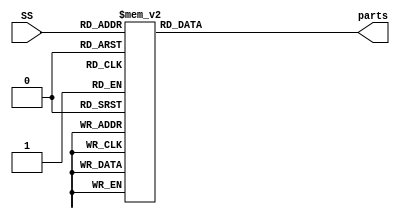
module SevenSegment(SS,parts);

input [3:0]SS;

output [7:0]parts;

reg [7:0]parts;

always @ *
	case(SS)
		4'b0000: parts =  8'b00000011; //8'b11111100; //0 in hex 
		4'b0001: parts =  8'b10011111; //8'b01100000; //1 in hex
		4'b0010: parts =  8'b00100101; //8'b11011010; //2 in hex
		4'b0011: parts =  8'b00001101; //8'b11110010; //3 in hex
		4'b0100: parts =  8'b10011001; //01100110; //4 in hex 
		4'b0101: parts =  8'b01001001; //10110110; //5 in hex 	
		4'b0110: parts =  8'b01000001; //10111110; //6 in hex 
		4'b0111: parts =  8'b00011111; //11100000; //7 in hex 
		4'b1000: parts =  8'b00000001; //11111110; //8 in hex 
		4'b1001: parts =  8'b00001001; //11110110; //9 in hex
		4'b1010: parts =  8'b00010001; //11101110; //10 in hex
		4'b1011: parts =  8'b11000001; //00111110; //11 in hex
		4'b1100: parts =  8'b01100011; //10011100; //12 in hex
		4'b1101: parts =  8'b10000101; //01111010; //13 in hex
		4'b1110: parts =  8'b01100001; //10011110; //14 in hex
		4'b1111: parts =  8'b01110001; //10001110; //15 in hex
	endcase
endmodule